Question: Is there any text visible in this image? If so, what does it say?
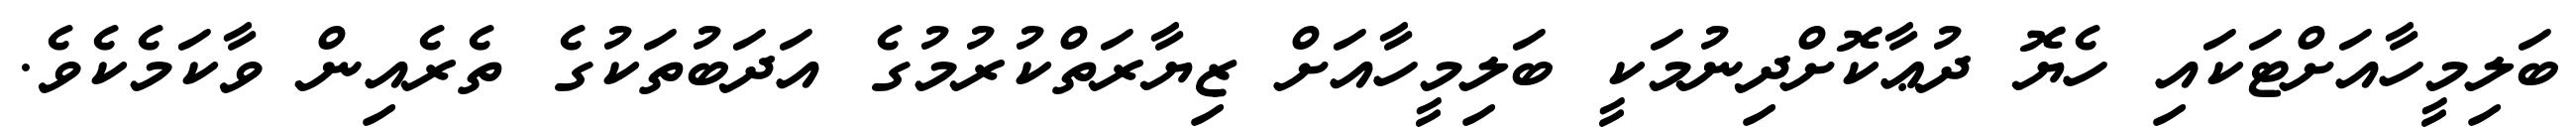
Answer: ބަލިމީހާއަށްޓަކައި ހެޔޮ ދުޢާކޮށްދިނުމަކީ ބަލިމީހާއަށް ޒިޔާރަތްކުރުމުގެ އަދަބުތަކުގެ ތެރެއިން ވާކަމެކެވެ.